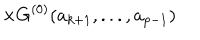
\times { G } ^ { ( 0 ) } ( a _ { k + 1 } , . . . , a _ { p - 1 } )